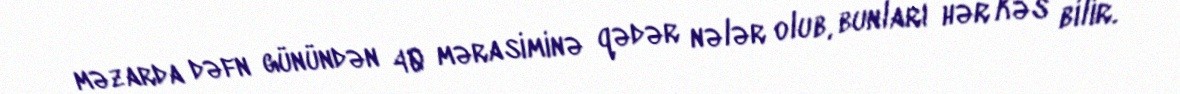
məzarda dəfn günündən 40 mərasiminə qədər nələr olub, bunları hər kəs bilir.